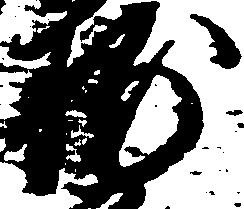
輔